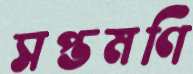
সপ্তমণি